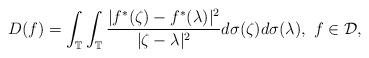
LaTeX: \begin{align*} D(f)= \int_{\mathbb T}\int_{\mathbb T}\frac{|f^{*}(\zeta)- f^{*}(\lambda)|^2}{|\zeta-\lambda|^2}d\sigma(\zeta)d\sigma(\lambda),\,\,f\in \mathcal D, \end{align*}